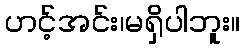
ဟင့်အင်း၊မရှိပါဘူး။